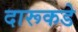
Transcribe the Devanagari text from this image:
दारूकडे